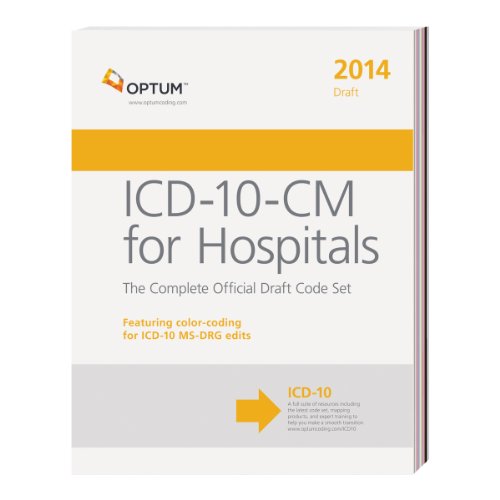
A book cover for ICD-10-CM for Hospitals - The Complete Official Draft Code Set 2014; Optum360; Business & Money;